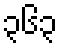
၃၆၃